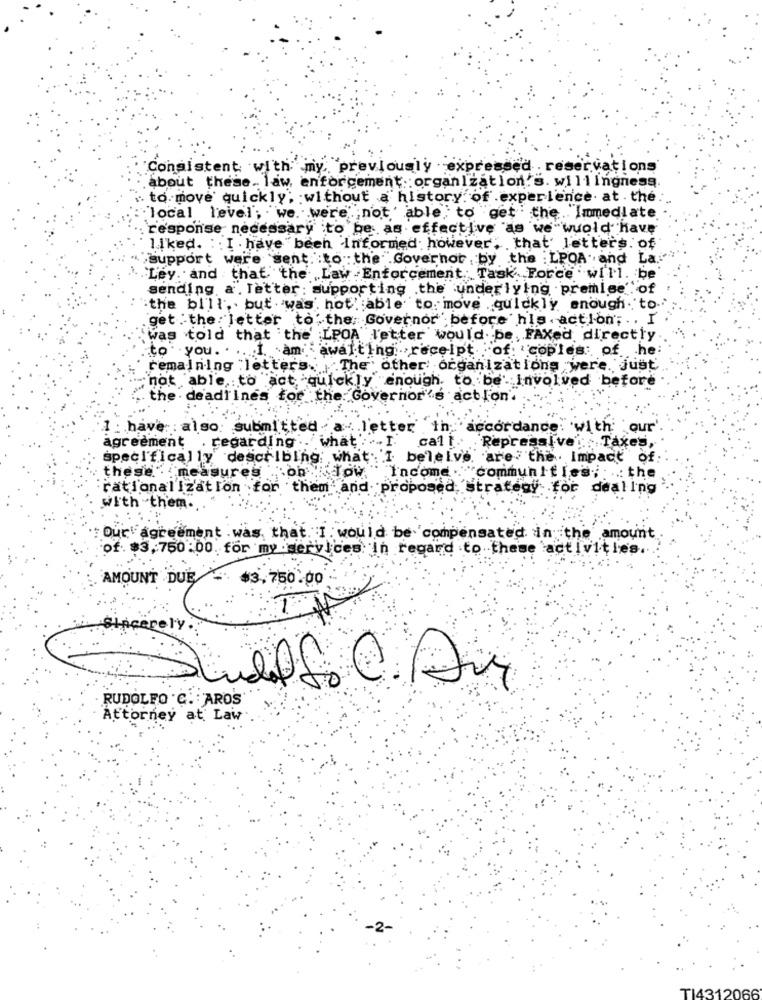
Consistent with my, previously expressed . reservations'
about these. law enforcement : organization's. willingness
to move quickly; without a history of experience. at . the.
"local level; we. were ;not ' able , to get the. Immediate
response necessary to be as effective as we wuold have
liked. :: I . have been Informed. however, that' letters. of
support were sent to the Governor , by the LPOA. and La."
Ley. and that the Law Enforcement Task Force will. be'
sending a letter: supporting the underlying premise' of
the bill ,. but . was', hot. able to move quickly enough to.
get the letter to the Governor before his action ;. . I
was told that the LPOA letter would be , FAXed, directly
I am awaiting receipt of: 'copies of
.he
to you. . ....
remaining :letters. The other organizations were. just
-not able to act quickly enough. to be Involved before
. the deadlines for the Governor's action.
1 . have also: submitted
". . letter in accordance with our'
agreement . regarding
what : . I.
call. Repressive Taxes,
specifically describing what . I beleive, are the Impact of:
these measures
... oh
Low
Income .. "communities;
..: the
rationalization for them and proposed strategy for dealing
with them.
Our agreement . was that. I . would be compensated in the amount
of. $3,750:00. for my .services In regard to these activities.
AMOUNT DUE $3,750.00
cerely ..
RUDOLFO C. AROS'
Attorney at Law
TI431